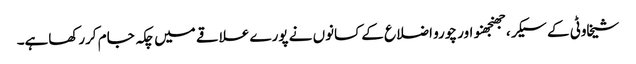
شیخاوٹی کے سیکر، جھنجھنو اور چورو اضلاع کے کسانوں نے پورے علاقے میں چکہ جام کررکھاہے۔